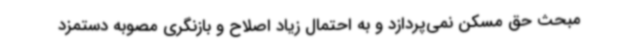
مبحث حق مسکن نمی‌پردازد و به احتمال زیاد اصلاح و بازنگری مصوبه دستمزد